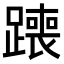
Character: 𫟣